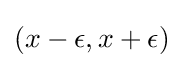
(x-\epsilon ,x+\epsilon )